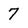
Character: 7